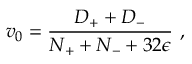
v _ { { 0 } } = \frac { D _ { + } + D _ { - } } { N _ { + } + N _ { - } + 3 2 \epsilon } \ ,